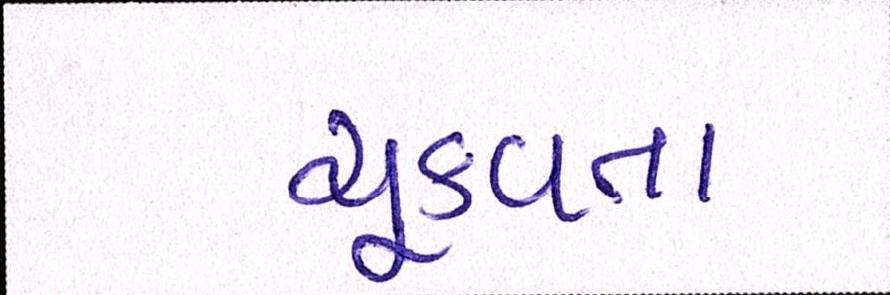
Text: ચૂકવતા